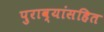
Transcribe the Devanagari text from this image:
पुराव्यांसहित